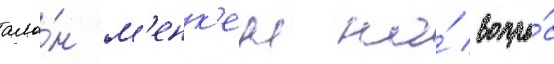
ала́н м'енк'ен на́ вопро́с